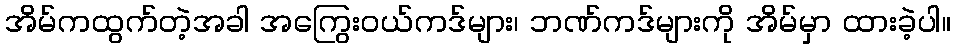
အိမ်ကထွက်တဲ့အခါ အကြွေးဝယ်ကဒ်များ၊ ဘဏ်ကဒ်များကို အိမ်မှာ ထားခဲ့ပါ။